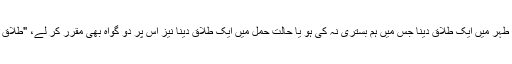
طلاق سنی: ایسے طہر میں ایک طلاق دینا جس میں ہم بستری نہ کی ہو یا حالت حمل میں ایک طلاق دینا نیز اس پر دو گواہ بھی مقرر کر لے، "طلاق سنی" کہلاتی ہے۔